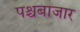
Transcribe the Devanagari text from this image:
पश्चबाजार